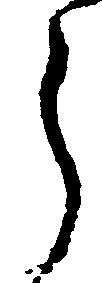
ら